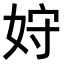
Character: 𫰦